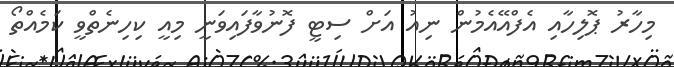
މިހާރު ޕޮލިހާއި އެފްއޭއެމުން ނިއު އަށް ސިޓީ ފޮނުވާފައިވަނީ މިއީ ކިހިނެތްވީ ކަމެއްތޯ